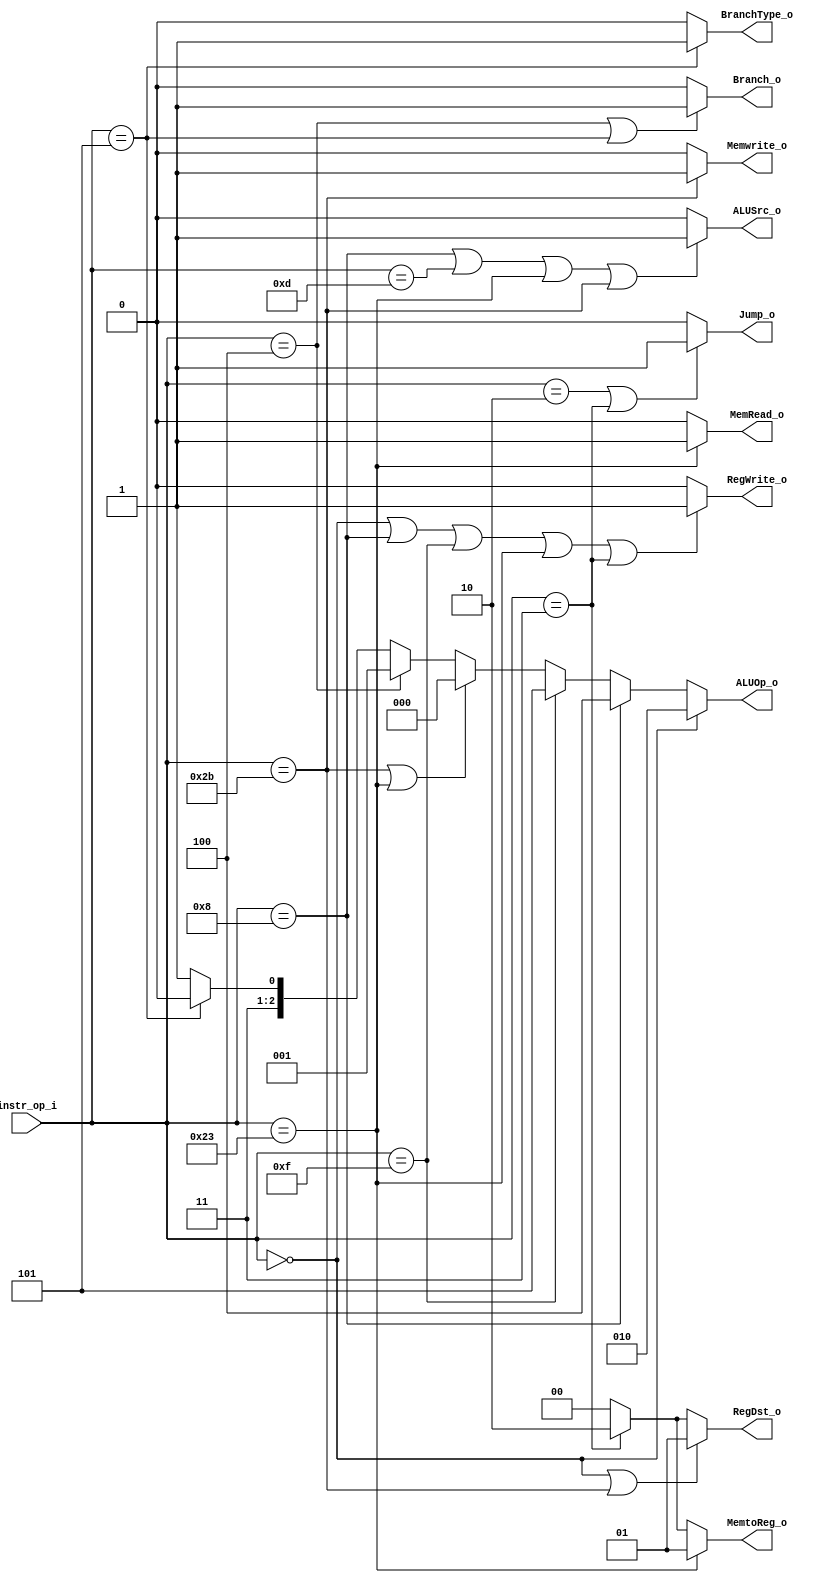
module Decoder( instr_op_i, RegWrite_o,	ALUOp_o, ALUSrc_o, RegDst_o, Memwrite_o, MemRead_o, Branch_o, BranchType_o, MemtoReg_o, Jump_o );
     
//I/O ports
input	[6-1:0] instr_op_i;

output			RegWrite_o;
output	[3-1:0] ALUOp_o;
output			ALUSrc_o;
output	[2-1:0]	RegDst_o;
output			Memwrite_o;
output			MemRead_o;
output			Branch_o;
output			BranchType_o;
output	[2-1:0]	MemtoReg_o;
output			Jump_o;

//Internal Signals
wire	[3-1:0] ALUOp_o;
wire			ALUSrc_o;
wire			RegWrite_o;
wire	[2-1:0]	RegDst_o;
wire 			MemRead_o;
wire 			Memwrite_o;
wire 			Branch_o;
wire 			BranchType_o;
wire 			Jump_o;


//Main function
/*your code here*/

assign RegWrite_o = (instr_op_i == 6'd0 || instr_op_i == 6'd8 || instr_op_i == 6'd15 || instr_op_i == 6'd35 ||instr_op_i == 6'b000011)? 1 : 0;
assign RegDst_o = (instr_op_i == 6'd0 || instr_op_i == 6'd43)? 2'd1:
				  (instr_op_i == 6'd3)? 2'd2 : 2'd0;
assign ALUSrc_o = (instr_op_i == 6'd8 || instr_op_i == 6'd13 || instr_op_i == 6'd35 || instr_op_i == 6'd43)? 1 : 0;
assign ALUOp_o = (instr_op_i == 6'd0)? 3'd2:
				 (instr_op_i == 6'd8)? 3'd4:
				 (instr_op_i == 6'd15)? 3'd5: 
				 (instr_op_i == 6'd43 || instr_op_i == 6'd35)? 3'd0:
				 (instr_op_i == 6'd4)? 3'd1:
				 (instr_op_i == 6'd5)? 3'd6 : 3'd7;

assign Memwrite_o = (instr_op_i == 6'd43)? 1 : 0;
assign MemRead_o = (instr_op_i == 6'b100011)? 1 : 0;
assign MemtoReg_o = (instr_op_i == 6'b100011)? 2'd1:
						  (instr_op_i == 6'b000011)? 2'd2 : 2'd0;
assign Branch_o = (instr_op_i == 6'b000100 || instr_op_i == 6'b000101)? 1 : 0;
assign BranchType_o = (instr_op_i == 6'b000101)? 1 : 0;
assign Jump_o = (instr_op_i == 6'b000010 || instr_op_i == 6'b000011)? 1 : 0;



endmodule